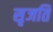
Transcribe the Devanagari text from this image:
सृजति